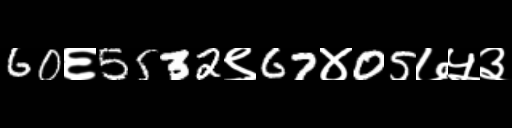
Text: 60६5532९67४05७५३